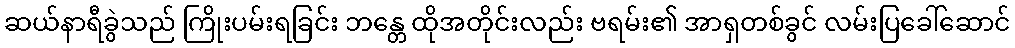
ဆယ်နာရီခွဲသည် ကြိုးပမ်းရခြင်း ဘန္တေ ထိုအတိုင်းလည်း ဗရမ်း၏ အာရှတစ်ခွင် လမ်းပြခေါ်ဆောင်